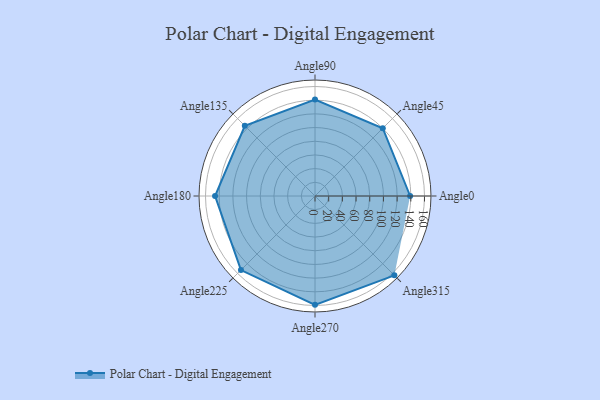
{"axis": {"x": "Angle", "y": "Radius"}, "legend": [""], "data": [{"x": "Angle0", "y": 139.0, "type": ""}, {"x": "Angle45", "y": 140.0, "type": ""}, {"x": "Angle90", "y": 141.0, "type": ""}, {"x": "Angle135", "y": 145.0, "type": ""}, {"x": "Angle180", "y": 146.0, "type": ""}, {"x": "Angle225", "y": 153.0, "type": ""}, {"x": "Angle270", "y": 159.0, "type": ""}, {"x": "Angle315", "y": 164.0, "type": ""}]}